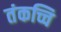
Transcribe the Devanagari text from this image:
तंकच्चि